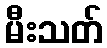
မီးသတ်